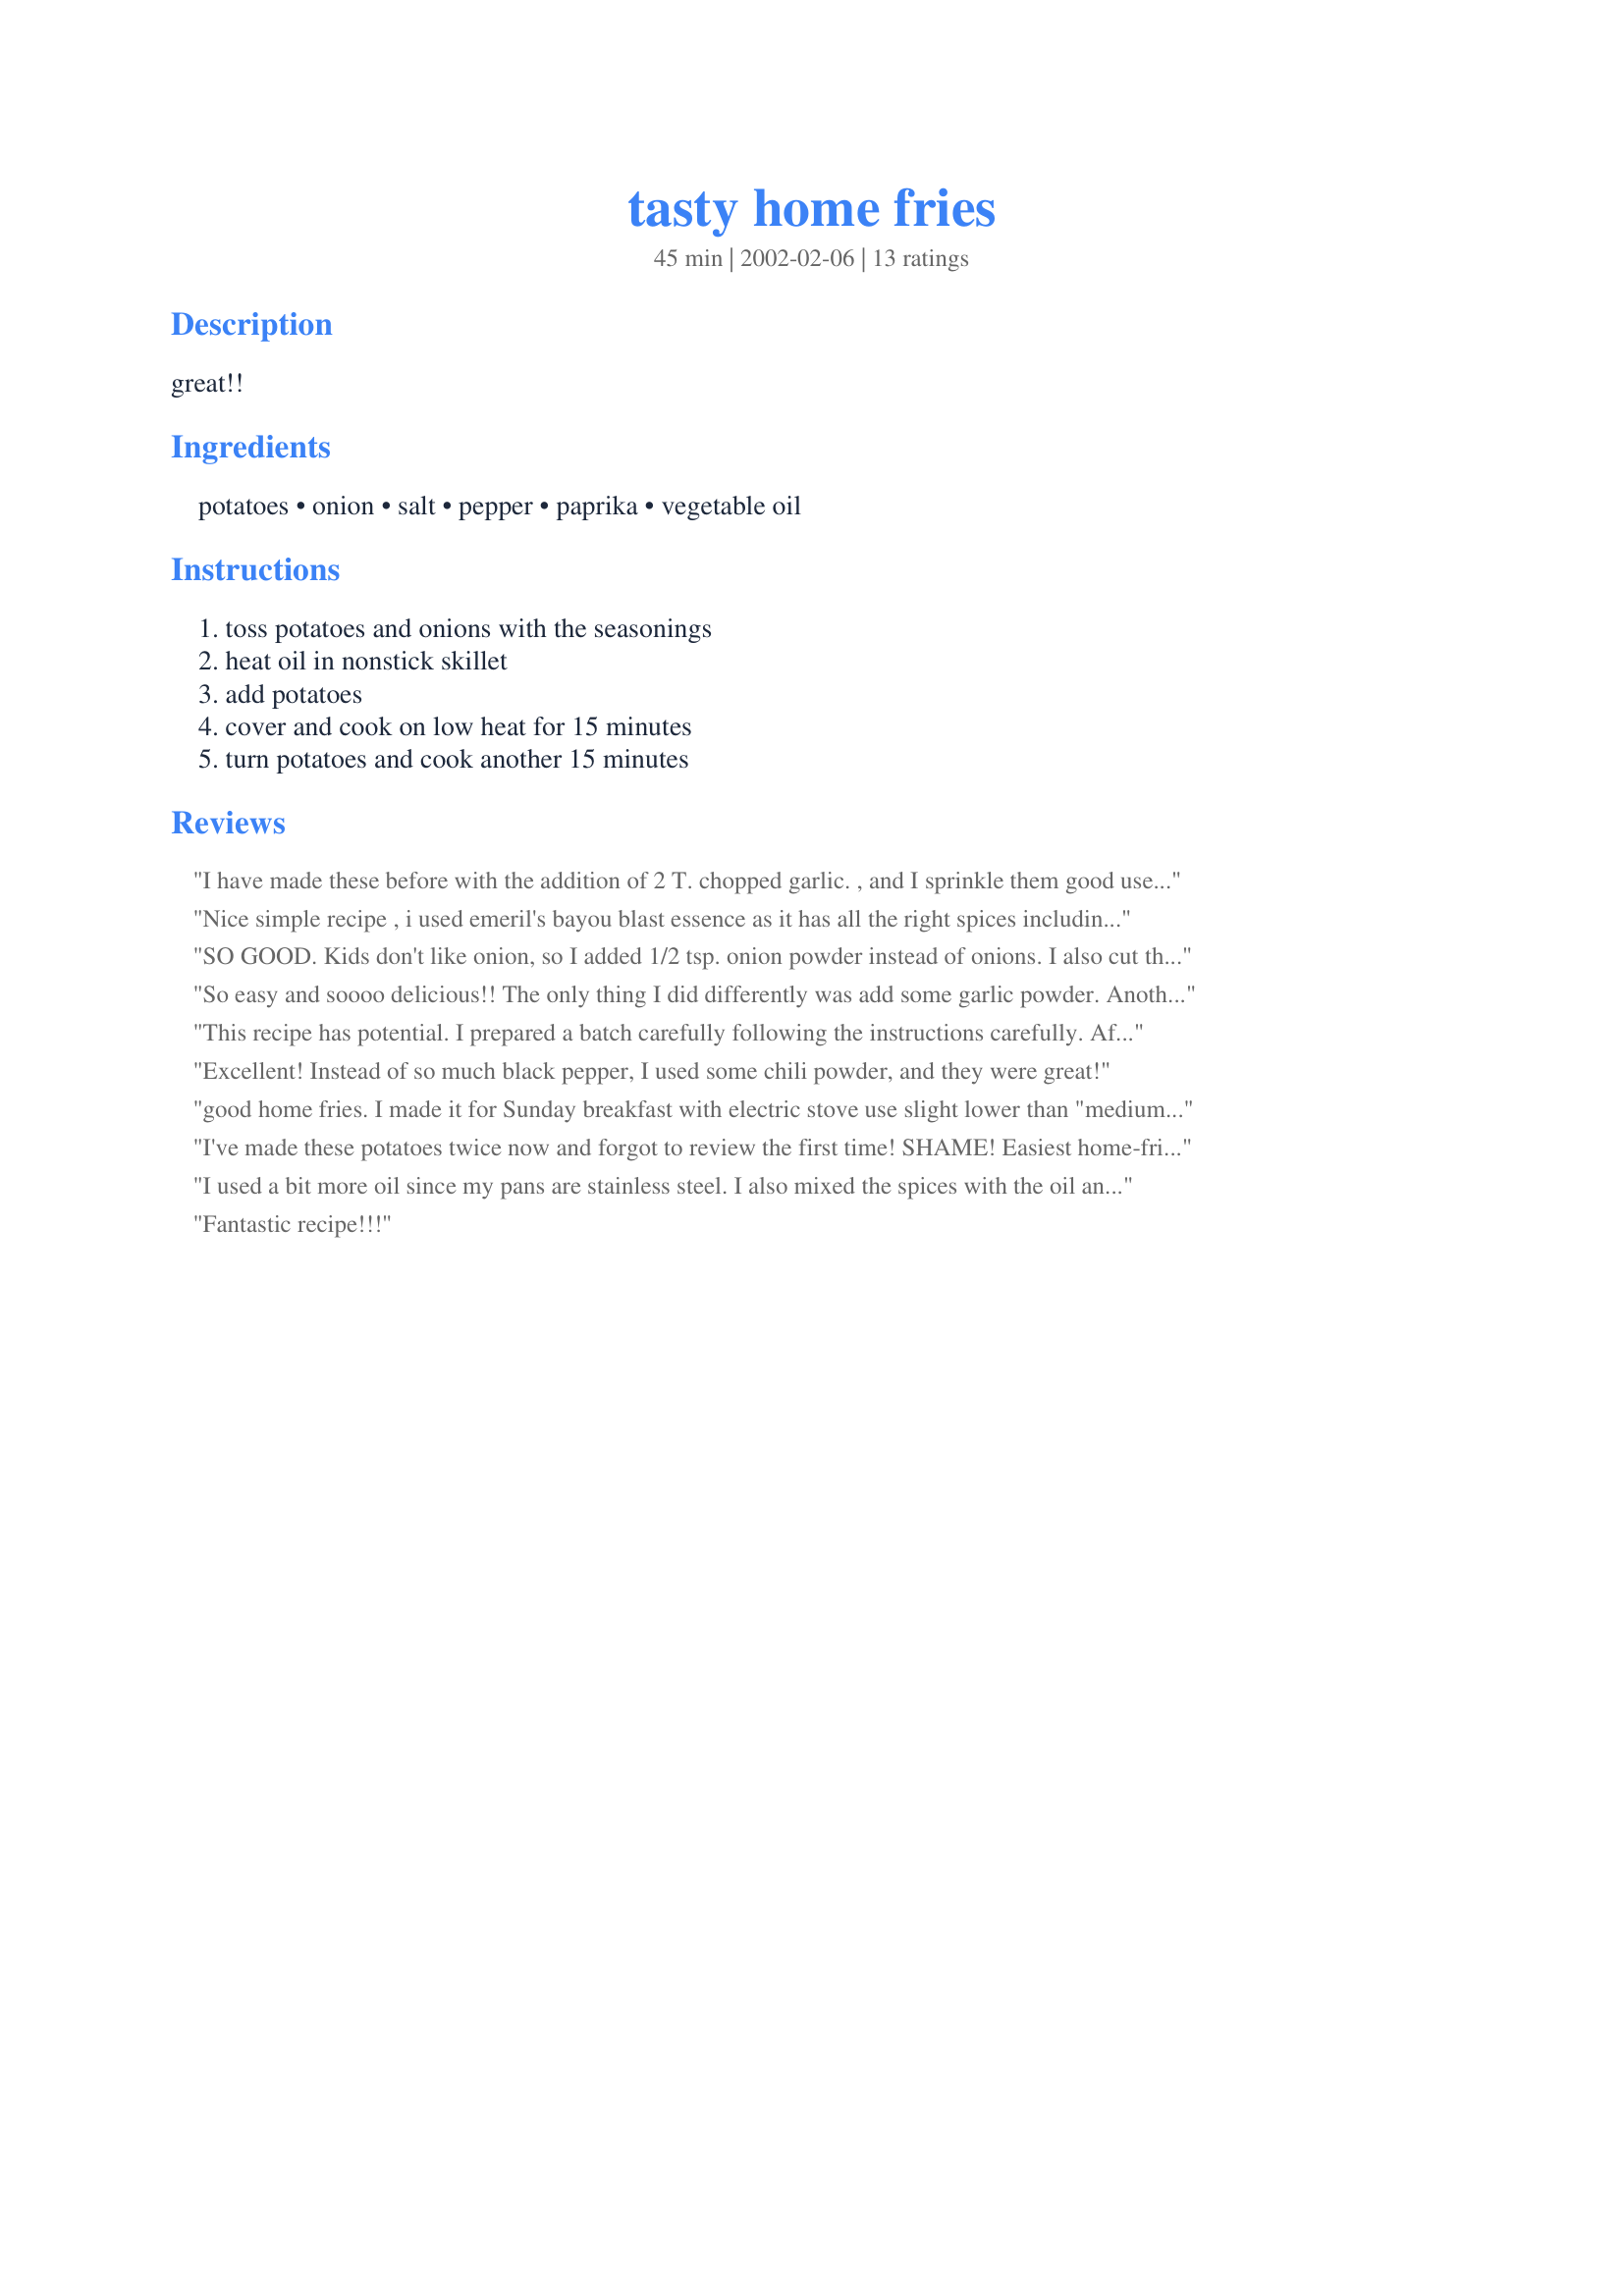
tasty home fries
Preparation time: 45 minutes

great!!

Ingredients:
potatoes, onion, salt, pepper, paprika, vegetable oil

Steps:
toss potatoes and onions with the seasonings, heat oil in nonstick skillet, add potatoes, cover and cook on low heat for 15 minutes, turn potatoes and cook another 15 minutes

Reviews:
I have made these before with the addition of 2 T. chopped garlic. , and I sprinkle them good use lemon pepper... They are sooooooooo good... Thank you for the great recipe!
Nice simple recipe , i used emeril's bayou blast essence as it has all the right spices including lemon peel to give these a little kick when you want it (plus i was somehow out of salt and paprika )....came out nice
SO GOOD. Kids don't like onion, so I added 1/2 tsp. onion powder instead of onions. I also cut the pepper and paprika by half. Really nice.
So easy and soooo delicious!! The only thing I did differently was add some garlic powder. Another wonderful recipe, thank you!
This recipe has potential. 
I prepared a batch carefully following the instructions carefully. After cooking on both sides at med. heat (not low as specified), the fries were crispy at best. Perhaps a par boil or covered cooking will get these fries cooked properly.

On the plus side-they were very tastey, and I may cook the onions all by themselves for a tasty, semi crunchy, side dish. Lary Fusco,
Brandon, VT.
Excellent! Instead of so much black pepper, I used some chili powder, and they were great!
good home fries. I made it for Sunday breakfast with electric stove use slight lower than "medium" power. I did rinse my potato slices with salt water before cooking. Next time i would add aTAsp sugar to see if it taste better.
I've made these potatoes twice now and forgot to review the first time! SHAME! 
Easiest home-fries recipe I've ever tried and who doesn't like potatoes and onions? I think the paprika is the spicy-touch that all 'home fries recipes' need! 
I can't wait until I've tried ALL of your recipes MizzNezz!
I used a bit more oil since my pans are stainless steel. I also mixed the spices with the oil and then let them coat the potatoes that way. 

The potatoes were fabulous--and so incredibly simple to make!
Fantastic recipe!!!
Delicious and easy.
Yummy! We made these for breakfast this morning and they are really good! I doubled the seasonings (we like zest!). Easy and very tasty!
The best homefries I have ever had! I took some of the advice as suggested by others, such as less pepper, more spices and added one large clove of garlic. I don't even like homefries. I made them for someone else, but this one's a new addition to my cookbook. Thank you, MizzNezz!
